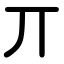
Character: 丌